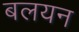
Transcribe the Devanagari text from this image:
बलयन